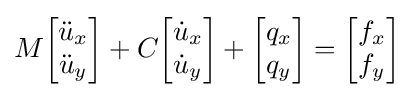
M{\begin{bmatrix}{\ddot {u}}_{x}\\{\ddot {u}}_{y}\end{bmatrix}}+C{\begin{bmatrix}{\dot {u}}_{x}\\{\dot {u}}_{y}\end{bmatrix}}+{\begin{bmatrix}q_{x}\\q_{y}\end{bmatrix}}={\begin{bmatrix}f_{x}\\f_{y}\end{bmatrix}}